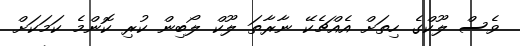
ވެސް ލޫކްގެ ހިތަށް އެއްޗެކޭ ނާރާތަ ލޫކް ލޯބިން ކުރި ކޮންމެ ކަމަކަށް